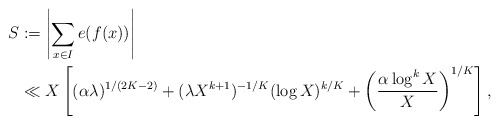
\begin{align*}S &:= \left| \sum_{x \in I} e(f(x))\right| \\ & \ll X \left[(\alpha \lambda)^{1/(2K-2)} + (\lambda X^{k+1})^{-1/K} (\log X)^{k/K} + \left(\frac{\alpha \log^k X}{X}\right)^{1/K} \right],\end{align*}